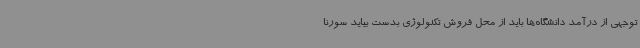
توجهی از درآمد دانشگاه‌ها باید از محل فروش تکنولوژی بدست بیاید سورنا